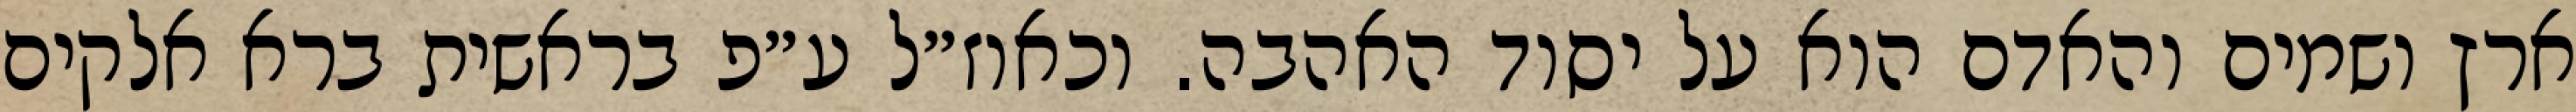
ארץ ושמים והאדם הוא על יסוד האהבה. וכאוז״ל ע״פ בראשית ברא אלקים